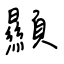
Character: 顯